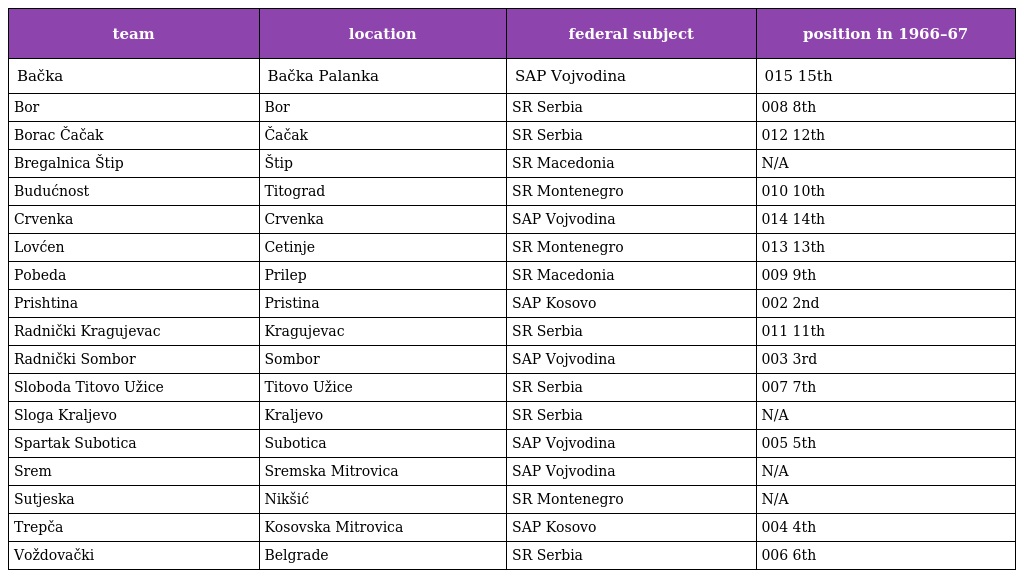
| team | location | federal subject | position in 1966–67 |
 | --- | --- | --- | --- |
 | Bačka | Bačka Palanka | SAP Vojvodina | 015 15th |
 | Bor | Bor | SR Serbia | 008 8th |
 | Borac Čačak | Čačak | SR Serbia | 012 12th |
 | Bregalnica Štip | Štip | SR Macedonia | N/A |
 | Budućnost | Titograd | SR Montenegro | 010 10th |
 | Crvenka | Crvenka | SAP Vojvodina | 014 14th |
 | Lovćen | Cetinje | SR Montenegro | 013 13th |
 | Pobeda | Prilep | SR Macedonia | 009 9th |
 | Prishtina | Pristina | SAP Kosovo | 002 2nd |
 | Radnički Kragujevac | Kragujevac | SR Serbia | 011 11th |
 | Radnički Sombor | Sombor | SAP Vojvodina | 003 3rd |
 | Sloboda Titovo Užice | Titovo Užice | SR Serbia | 007 7th |
 | Sloga Kraljevo | Kraljevo | SR Serbia | N/A |
 | Spartak Subotica | Subotica | SAP Vojvodina | 005 5th |
 | Srem | Sremska Mitrovica | SAP Vojvodina | N/A |
 | Sutjeska | Nikšić | SR Montenegro | N/A |
 | Trepča | Kosovska Mitrovica | SAP Kosovo | 004 4th |
 | Voždovački | Belgrade | SR Serbia | 006 6th |